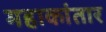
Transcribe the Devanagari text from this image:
महाकांतार